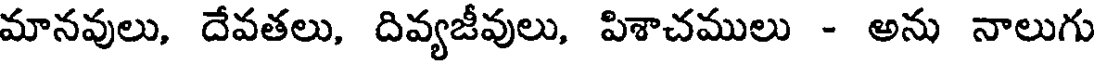
మానవులు, దేవతలు, దివ్యజీవులు, పిశాచములు - అను నాలుగు